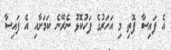
އެ ފައިސާ ފޮތި މި އަހަރުގެ ފަހުކޮޅު ނެރޭނެ ކަމަށާއި އެ ފައިސާ